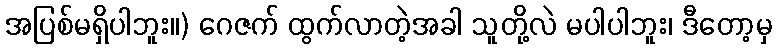
အပြစ်မရှိပါဘူး။) ဂေဇက် ထွက်လာတဲ့အခါ သူတို့လဲ မပါပါဘူး၊ ဒီတော့မှ